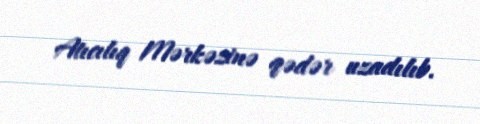
Atıcılıq Mərkəzinə qədər uzadılıb.